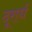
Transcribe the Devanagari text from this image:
दूरार्ध